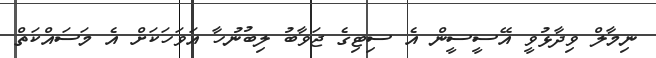
ނިމާލް ވިދާޅުވީ އޭސީސީން އެ ސިޓިގެ ޖަވާބު ލިބުނުހާ އަވަހަކަށް އެ މަސައްކަތް